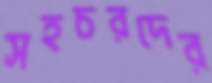
সহচরদের